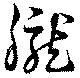
朧